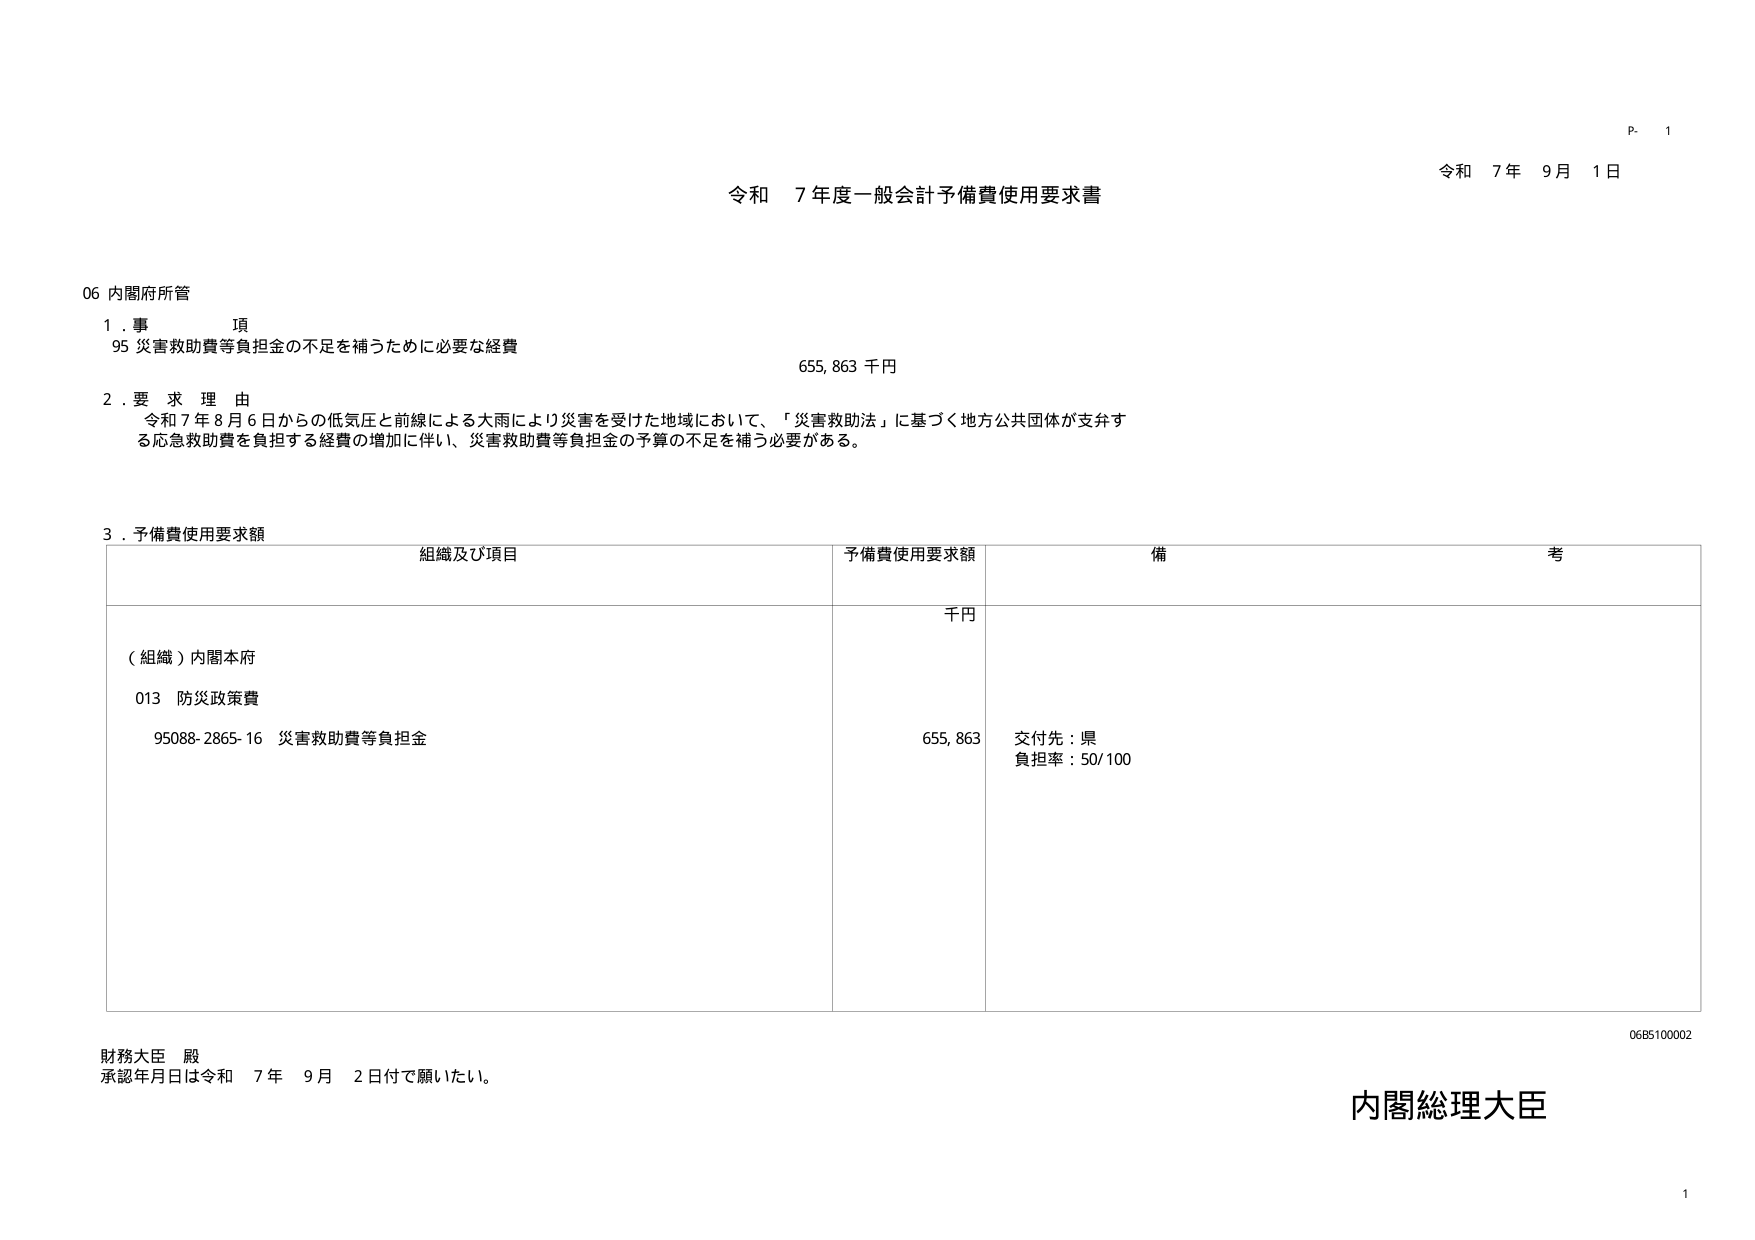
P. 1
令和 7年 9月 1日
令和 7年度一般会計予備費使用要求書

06 内閣府所管
1. 事 項
95 災害救助費等負担金の不足を補うために必要な経費
655,863 千円

2. 要求理由
令和7年8月6日からの低気圧と前線による大雨により災害を受けた地域において、「災害救助法」に基づく地方公共団体が支弁する応急救助費を負担する経費の増加に伴い、災害救助費等負担金の予算の不足を補う必要がある。

3. 予備費使用要求額
組織及び項目 予備費使用要求額 備 考
千円
（組織）内閣本府
013 防災政策費
95088-2865-16 災害救助費等負担金
655,863
交付先：県
負担率：50/100

財務大臣 殿
承認年月日は令和 7年 9月 2日付で願いたい。
内閣総理大臣
06B5100002
1